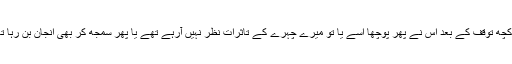
‘‘ کچھ توقف کے بعد اس نے پھر پوچھا اسے یا تو میرے چہرے کے تاثرات نظر نہیں آرہے تھے یا پھر سمجھ کر بھی انجان بن رہا تھا۔